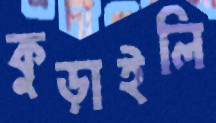
কুড়াইলি